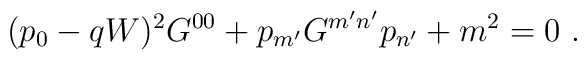
(p_0-qW)^2 G^{00}+ p_{m'}G^{m'n'}p_{n'}+m^2=0\ .